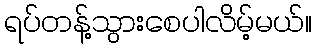
ရပ်တန့်သွားစေပါလိမ့်မယ်။